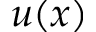
u ( x )